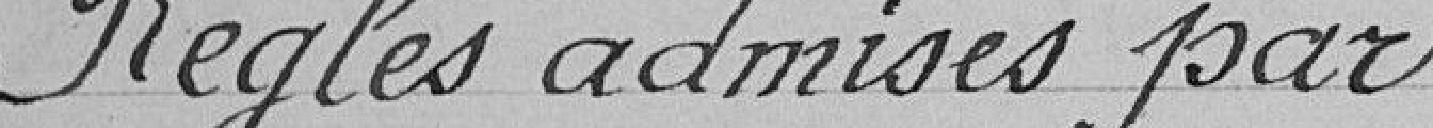
Règles admises par